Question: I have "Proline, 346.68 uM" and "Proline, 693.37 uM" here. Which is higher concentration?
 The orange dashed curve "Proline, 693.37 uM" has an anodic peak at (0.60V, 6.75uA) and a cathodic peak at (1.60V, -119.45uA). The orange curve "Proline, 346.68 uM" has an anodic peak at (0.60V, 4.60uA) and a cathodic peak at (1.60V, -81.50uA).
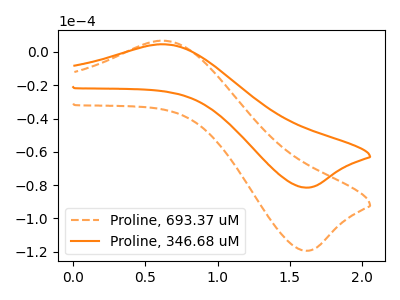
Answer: <think>All the peaks in "Proline, 346.68 uM" have a peak in "Proline, 693.37 uM" at the same potential. Every peak in "Proline, 346.68 uM" is lower than every peak in "Proline, 693.37 uM".
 </think>
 <answer>"Proline, 346.68 uM" has less signal than "Proline, 693.37 uM" and so likely has a lower concentration.</answer>
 <eval>less_concentration</eval>